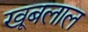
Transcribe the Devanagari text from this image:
खूबलाल